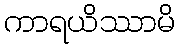
ကာရယိဿာမိ